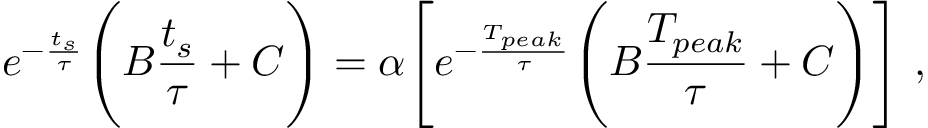
e ^ { - \frac { t _ { s } } { \tau } } \Bigg ( B \frac { t _ { s } } { \tau } + C \Bigg ) = \alpha \Bigg [ e ^ { - \frac { T _ { p e a k } } { \tau } } \Bigg ( B \frac { T _ { p e a k } } { \tau } + C \Bigg ) \Bigg ] ~ ,